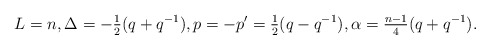
\begin{align*}L=n, \Delta=-{\textstyle \frac12}(q+q^{-1}),p=-p'={\textstyle\frac12}(q-q^{-1}), \alpha = \tfrac{n-1}4(q+q^{-1}).\end{align*}